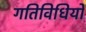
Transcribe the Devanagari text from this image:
गतिविधियों